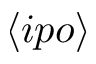
\langle i p o \rangle